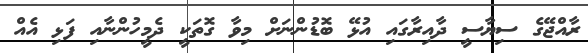
ރާއްޖޭގެ ސިޔާސީ ދާއިރާގައި އުޅޭ ބޮޑުންނަށް މިވާ ގޮތަކީ ދެމީހުންނާއި ފަޅި އެއް